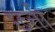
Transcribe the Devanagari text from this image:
छत्ती